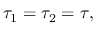
\tau _ { 1 } = \tau _ { 2 } = \tau ,